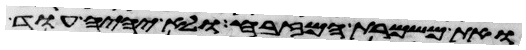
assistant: ואת משמרת המזבח ולא יהיה עוד